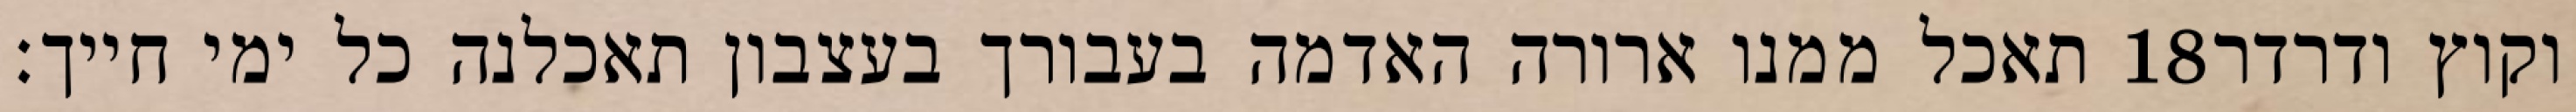
תאכל ממנו ארורה האדמה בעבורך בעצבון תאכלנה כל ימי חייך׃ ‎18‏ וקוץ ודרדר